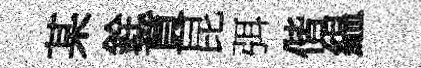
某銓賁昆弭偕緼